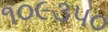
૧૦૯૩૫૦